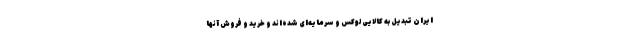
ایران تبدیل به کالایی لوکس و سرمایه‌ای شده‌اند و خرید و فروش آنها